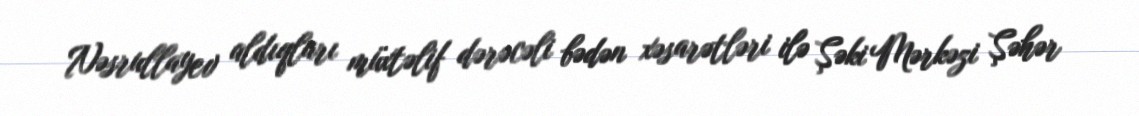
Nəsrullayev aldıqları müxtəlif dərəcəli bədən xəsarətləri ilə Şəki Mərkəzi Şəhər